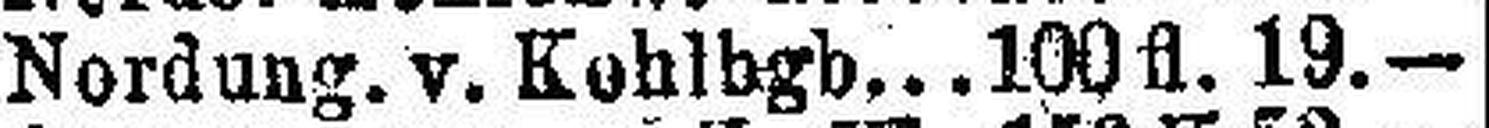
Nordung. v. Kohlbgb. 100 fl. 19.—